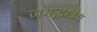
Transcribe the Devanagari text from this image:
जगद्धात्रैय